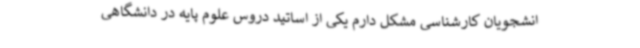
انشجویان کارشناسی مشکل دارم یکی از اساتید دروس علوم پایه در دانشگاهی